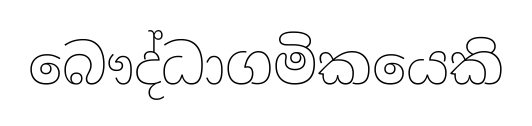
බෞද්ධාගමිකයෙකි